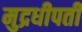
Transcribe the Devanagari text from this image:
मुद्रधीपती